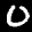
Label: 0